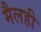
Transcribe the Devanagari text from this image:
मैलही